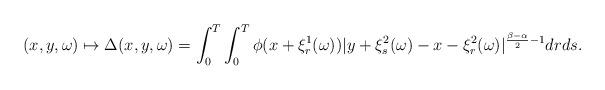
LaTeX: \begin{align*}(x,y,\omega) \mapsto \Delta(x,y,\omega)=\int_0^T \int_0^T \phi(x +\xi^1_r(\omega))|y +\xi^2_s(\omega) - x -\xi^2_r(\omega)|^{\frac{\beta-\alpha}{2}-1}drds.\end{align*}